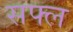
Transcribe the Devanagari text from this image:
सफ्ल